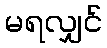
မရလျှင်